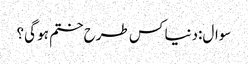
سوال:دنیا کس طرح ختم ہو گی؟